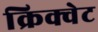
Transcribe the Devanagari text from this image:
क्रिक्वेट